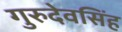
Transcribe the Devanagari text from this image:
गुरुदेवसिंह